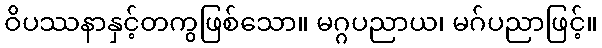
ဝိပဿနာနှင့်တကွဖြစ်သော။ မဂ္ဂပညာယ၊ မဂ်ပညာဖြင့်။